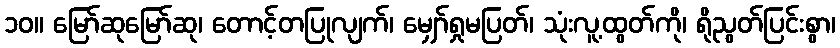
၁၀။ မြော်ဆုမြော်ဆု၊ တောင့်တပြုလျက်၊ မျှော်ရှုမပြတ်၊ သုံးလူ့ထွတ်ကို၊ ရိုညွတ်ပြင်းစွာ၊